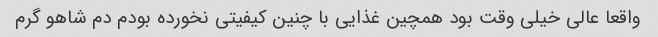
واقعا عالی خیلی وقت بود همچین غذایی با چنین کیفیتی نخورده بودم دم شاهو گرم